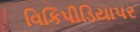
વિકિપીડિયાપર